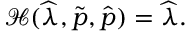
\mathcal { H } ( \widehat { \lambda } , \widetilde { \boldsymbol { p } } , \widehat { \boldsymbol { p } } ) = \widehat { \lambda } .